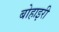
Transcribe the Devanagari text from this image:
बोहाइरी